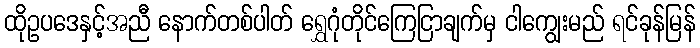
ထိုဥပဒေနှင့်အညီ နောက်တစ်ပါတ် ရွှေဂုံတိုင်ကြေငြာချက်မှ ငါကျွေးမည် ရင်ခုန်မြန်